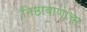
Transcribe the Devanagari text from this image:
निष्ठावाणांचा